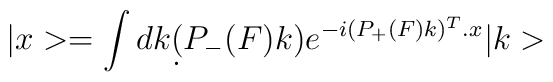
|x>=\int dk \d(P_-(F)k)e^{-i(P_+(F)k)^T.x}|k>